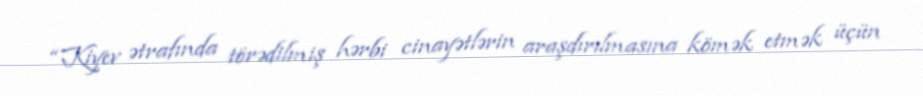
“Kiyev ətrafında törədilmiş hərbi cinayətlərin araşdırılmasına kömək etmək üçün